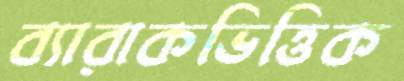
ব্যারাকভিত্তিক